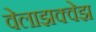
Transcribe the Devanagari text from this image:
वेलाझक्वेझ